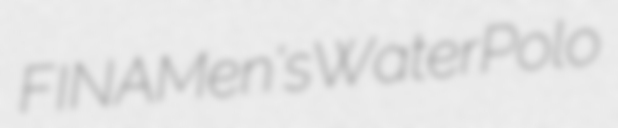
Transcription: FINA Men's Water Polo